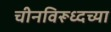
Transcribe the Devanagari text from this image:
चीनविरूध्दच्या